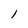
Character: l